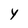
Character: Y